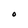
Character: O